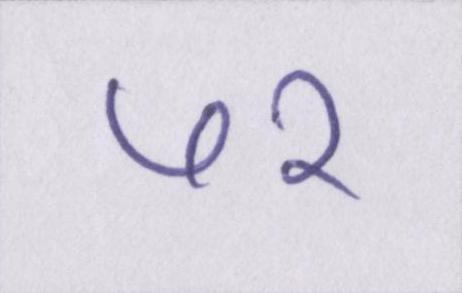
७२